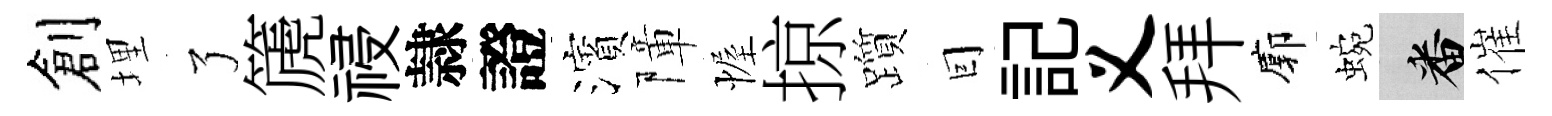
創埋了篪祲隷證濱障幄掠躓囙記义拜廓蜿番催